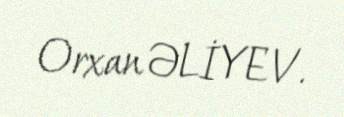
Orxan ƏLİYEV.